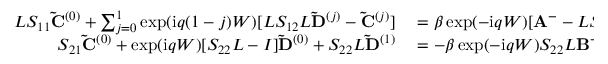
\begin{array} { r l } { L S _ { 1 1 } \mathbf { \tilde { C } } ^ { ( 0 ) } + \sum _ { j = 0 } ^ { 1 } \exp ( \mathrm { i } q ( 1 - j ) W ) [ L S _ { 1 2 } L \mathbf { \tilde { D } } ^ { ( j ) } - \mathbf { \tilde { C } } ^ { ( j ) } ] } & { { } = \beta \exp ( - \mathrm { i } q W ) [ \mathbf { A } ^ { - } - L S _ { 1 2 } L \mathbf { B } ^ { - } ] } \\ { S _ { 2 1 } \mathbf { \tilde { C } } ^ { ( 0 ) } + \exp ( \mathrm { i } q W ) [ S _ { 2 2 } L - I ] \mathbf { \tilde { D } } ^ { ( 0 ) } + S _ { 2 2 } L \mathbf { \tilde { D } } ^ { ( 1 ) } } & { { } = - \beta \exp ( - \mathrm { i } q W ) S _ { 2 2 } L \mathbf { B } ^ { - } , } \end{array}